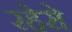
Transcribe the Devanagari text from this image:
रहेसे